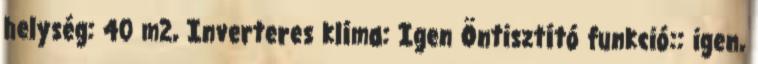
helység: 40 m2, Inverteres klíma: Igen Öntisztító funkció:: igen,